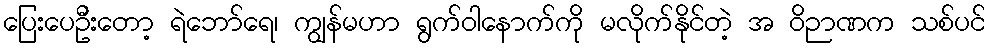
ပြေးပေဦးတော့ ရဲဘော်ရေ၊ ကျွန်မဟာ ရွက်ဝါနောက်ကို မလိုက်နိုင်တဲ့ အ ဝိဉာဏက သစ်ပင်